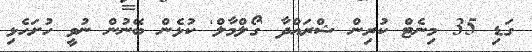
ގަޑި 35 މިނެޓް ކުރިން ޝްރައްދާ 'ގޯލްމާލް' ކުޅެން ބޭނުން ނުވީ ހުށަހެޅި